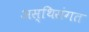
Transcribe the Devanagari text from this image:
अस्थिसंगत